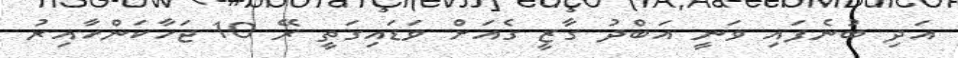
އަދި ބުނެފައި ވަނީ އަބްދު ގާޒީ ގެއަށް ވަޑައިގަތީ ރޭ 10 ޖަހާކަންހާއިރު